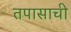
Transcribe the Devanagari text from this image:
तपासाची